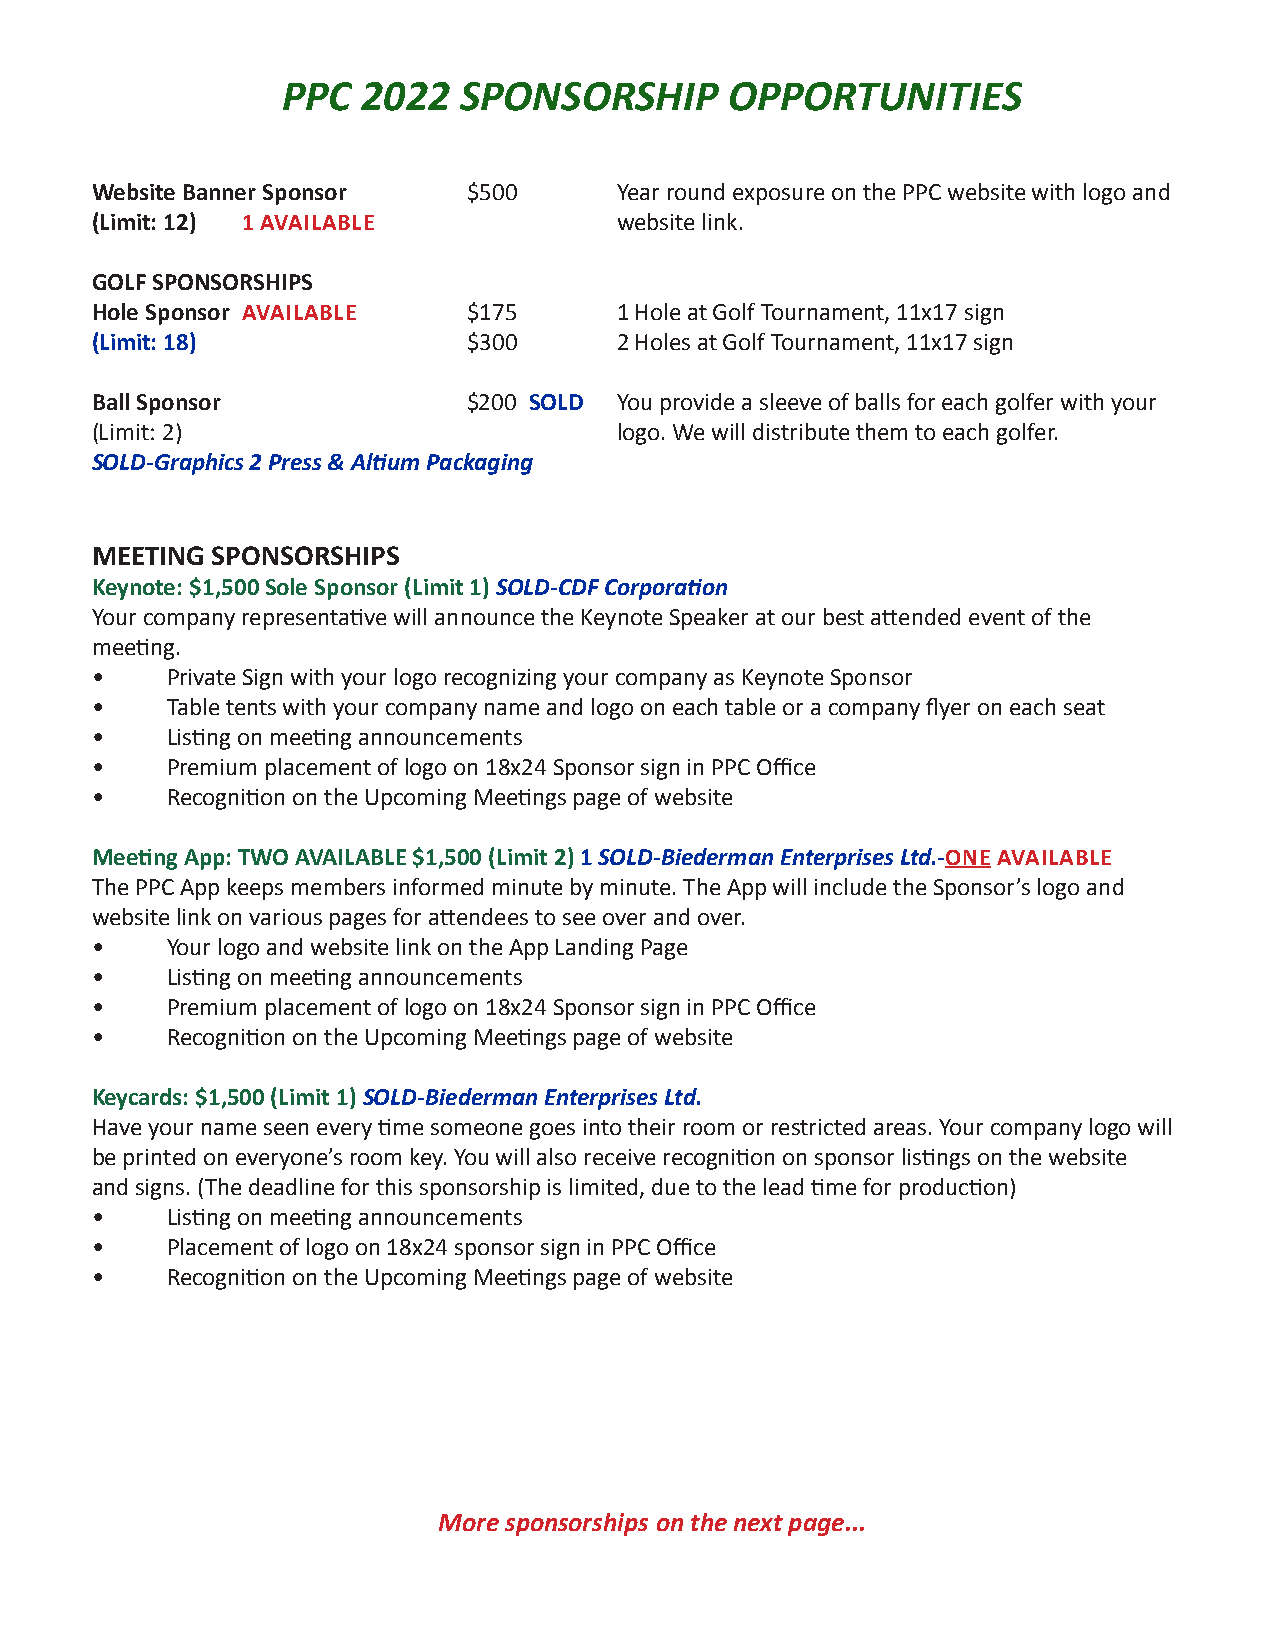
PPC  2022  SPONSORSHIP       OPPORTUNITIES
 Website Banner Sponsor   $500      Year round exposure on the PPC website with logo and
 (Limit: 12) 1 AVAILABLE            website link.
 GOLF SPONSORSHIPS
 Hole Sponsor AVAILABLE   $175      1 Hole at Golf Tournament, 11x17 sign
 (Limit: 18)              $300      2 Holes at Golf Tournament, 11x17 sign
 Ball Sponsor             $200 SOLD You provide a sleeve of balls for each golfer with your
 (Limit: 2)                         logo. We will distribute them to each golfer.
 SOLD-Graphics 2 Press & Altium Packaging
 MEETING SPONSORSHIPS
 Keynote: $1,500 Sole Sponsor (Limit 1) SOLD-CDF Corporation
 Your company representative will announce the Keynote Speaker at our best attended event of the
 meeting.
 •    Private Sign with your logo recognizing your company as Keynote Sponsor
 •    Table tents with your company name and logo on each table or a company flyer on each seat
 •    Listing on meeting announcements
 •    Premium placement of logo on 18x24 Sponsor sign in PPC Office
 •    Recognition on the Upcoming Meetings page of website
 Meeting App: TWO AVAILABLE $1,500 (Limit 2) 1 SOLD-Biederman Enterprises Ltd.-ONE AVAILABLE
 The PPC App keeps members informed minute by minute. The App will include the Sponsor’s logo and
 website link on various pages for attendees to see over and over.
 •    Your logo and website link on the App Landing Page
 •    Listing on meeting announcements
 •    Premium placement of logo on 18x24 Sponsor sign in PPC Office
 •    Recognition on the Upcoming Meetings page of website
 Keycards: $1,500 (Limit 1) SOLD-Biederman Enterprises Ltd.
 Have your name seen every time someone goes into their room or restricted areas. Your company logo will
 be printed on everyone’s room key. You will also receive recognition on sponsor listings on the website
 and signs. (The deadline for this sponsorship is limited, due to the lead time for production)
 •    Listing on meeting announcements
 •    Placement of logo on 18x24 sponsor sign in PPC Office
 •    Recognition on the Upcoming Meetings page of website
 More sponsorships on the next page...